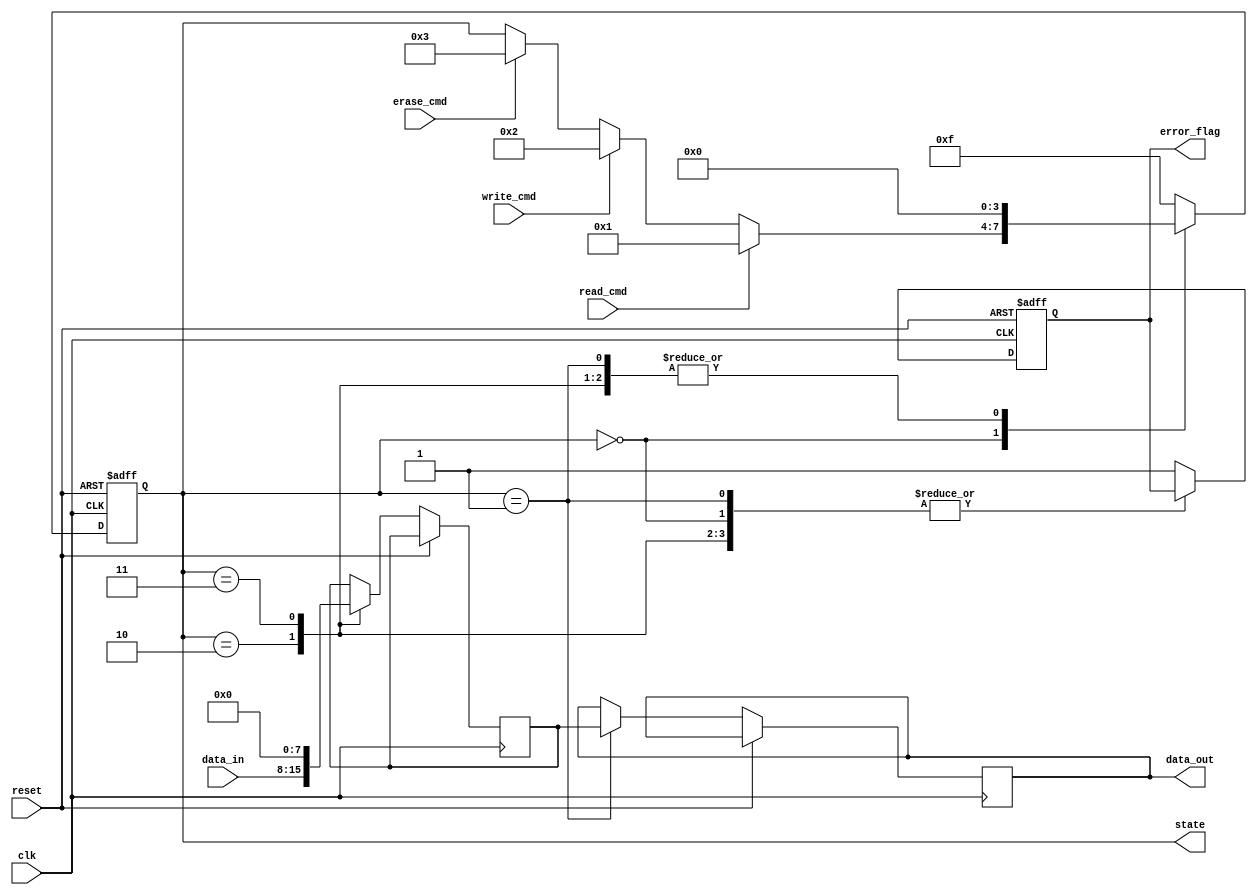
module mlc_eeprom_io (
    input wire clk,
    input wire reset,
    
    // External Interface
    input wire [7:0] data_in,
    output reg [7:0] data_out,
    input wire read_cmd,
    input wire write_cmd,
    input wire erase_cmd,

    // Internal signals
    output reg [3:0] state,
    output reg error_flag
);

// State Definitions
parameter IDLE       = 4'b0000;
parameter READ       = 4'b0001;
parameter WRITE      = 4'b0010;
parameter ERASE      = 4'b0011;
parameter ERROR      = 4'b1111;

// Temporary data storage
reg [7:0] data_latch;

// Command Decoder
always @(posedge clk or posedge reset) begin
    if (reset) begin
        state <= IDLE;
        error_flag <= 0;
    end else begin
        case (state)
            IDLE: begin
                if (read_cmd) begin
                    state <= READ;
                end else if (write_cmd) begin
                    state <= WRITE;
                end else if (erase_cmd) begin
                    state <= ERASE;
                end
            end
            
            READ: begin
                // Simulate read operation
                data_out <= data_latch;  // Assume data_latch has valid data
                state <= IDLE;
            end

            WRITE: begin
                // Simulate write operation
                data_latch <= data_in;  // Capture incoming data
                // Call to the programming circuit would be here (not implemented)
                state <= IDLE;
            end
            
            ERASE: begin
                // Simulate erase operation
                data_latch <= 8'b00000000; // Reset data latch to known state
                // Call to the erasing circuit would be here (not implemented)
                state <= IDLE;
            end
            
            default: begin
                state <= ERROR;
                error_flag <= 1;
            end
        endcase
    end
end

endmodule